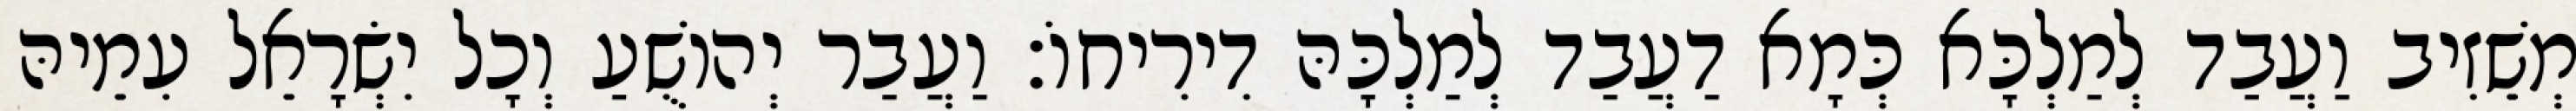
מְשֵׁזִיב וַעֲבַד לְמַלְכָּא כְּמָא דַעֲבַד לְמַלְכָּהּ דִירִיחוֹ׃ וַעֲבַר יְהוֹשֻׁעַ וְכָל יִשְׂרָאֵל עִמֵיהּ